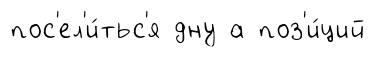
пос'ел'и́тьс'я дну а поз'и́ций